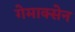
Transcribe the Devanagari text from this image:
गेमाक्सेन